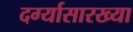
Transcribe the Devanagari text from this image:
दर्ग्यासारख्या